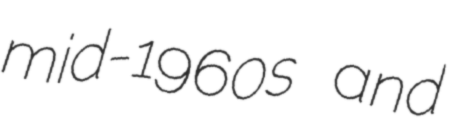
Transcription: mid-1960s and